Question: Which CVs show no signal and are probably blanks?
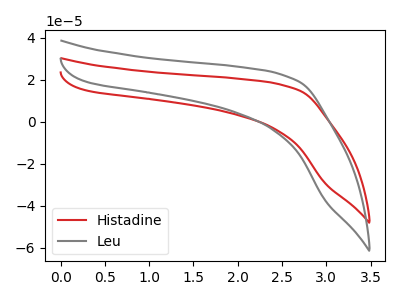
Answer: <think>The red curve "Histadine" has no peaks. The gray curve "Leu" has no peaks.</think>
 <answer>"Histadine" and "Leu" are likely to be blanks.</answer>
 <eval>"Histadine", "Leu"</eval>